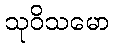
သုဝိသမော